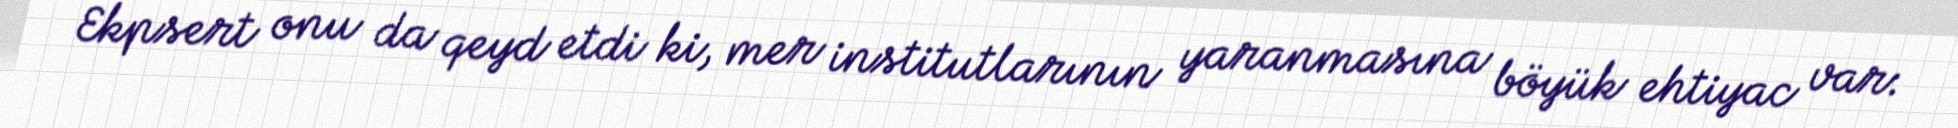
Ekpsert onu da qeyd etdi ki, mer institutlarının yaranmasına böyük ehtiyac var: